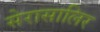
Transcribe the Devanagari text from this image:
सेरासालिर